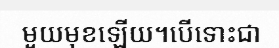
មួយមុខឡើយ។បើទោះជា